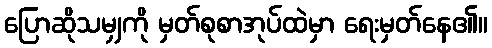
ပြောဆိုသမျှကို မှတ်စုစာအုပ်ထဲမှာ ရေးမှတ်နေ၏။